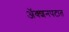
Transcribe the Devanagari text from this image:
अॅक्शनपटात